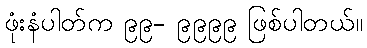
ဖုံးနံပါတ်က ၉၉- ၉၉၉၉ ဖြစ်ပါတယ်။